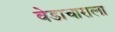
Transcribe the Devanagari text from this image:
वेडाचाराला